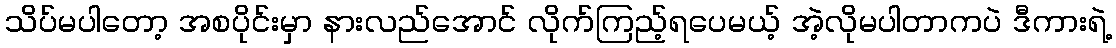
သိပ်မပါတော့ အစပိုင်းမှာ နားလည်အောင် လိုက်ကြည့်ရပေမယ့် အဲ့လိုမပါတာကပဲ ဒီကားရဲ့